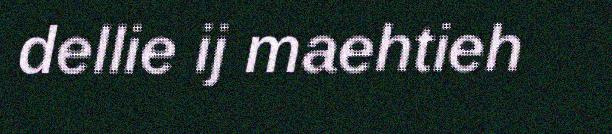
dellie ij maehtieh